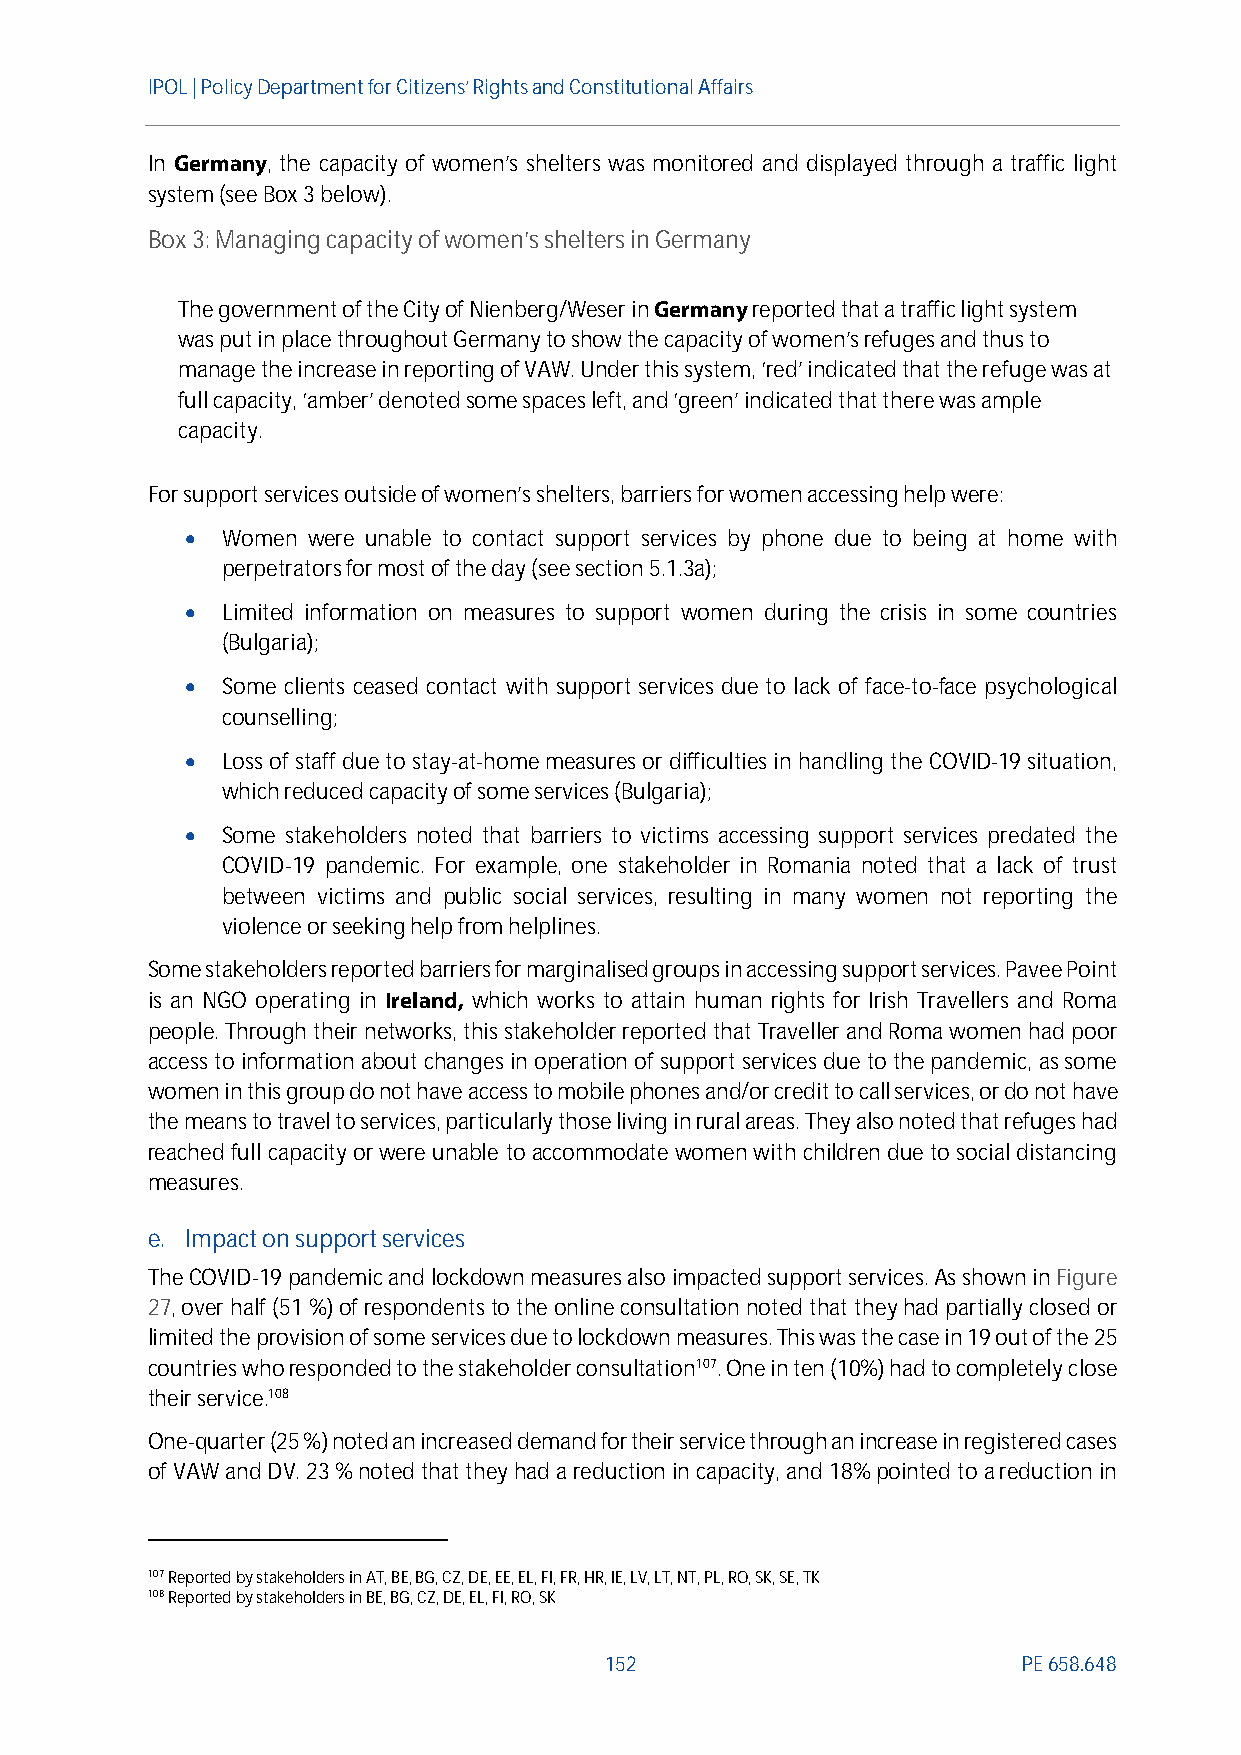
IPOL | Policy Departmentfor Citizens’ Rights and Constitutional Affairs
 In Germany, the capacity of women’s shelters was monitored and displayed through a traffic light
 system (see Box 3 below).
 Box3: Managing capacity of women’s shelters in Germany
 The government of the City of Nienberg/Weser inGermanyreported that a traffic light system
 was put in place throughout Germany to show the capacity of women's refuges and thus to
 manage the increase in reporting of VAW. Under this system, ‘red’ indicated that the refuge was at
 full capacity, ‘amber’ denotedsome spaces left, and ‘green’ indicated that there was ample
 capacity.
 For support services outsideof women’s shelters, barriers for womenaccessing help were:
   Women were unable to contact support services by phone due to being at home with
 perpetratorsfor most of the day (see section 5.1.3a);
   Limited information on measures to support women during the crisis in some countries
 (Bulgaria);
   Some clients ceased contact with support services due to lack of face-to-face psychological
 counselling;
   Loss of staff due to stay-at-home measures or difficulties in handling the COVID-19 situation,
 which reduced capacity of some services (Bulgaria);
   Some stakeholders noted that barriers to victims accessing support services predated the
 COVID-19 pandemic. For example, one stakeholder in Romania noted that a lack of trust
 between victims and public social services, resulting in many women not reporting the
 violence or seeking help from helplines.
 Some stakeholders reported barriers for marginalised groups in accessing support services. Pavee Point
 is an NGO operating in Ireland, which works to attain human rights for Irish Travellers and Roma
 people. Through their networks, this stakeholder reported that Traveller and Roma women had poor
 access to information about changes in operation of support services due to the pandemic, assome
 women in this group do not have access to mobile phones and/or credit to call services, or do not have
 the means to travel to services, particularly those living in rural areas. They also noted that refuges had
 reached full capacity or were unable toaccommodate women with children due to social distancing
 measures.
 e. Impact on support services
 TheCOVID-19pandemic and lockdown measures also impacted support services.As shown inFigure
 27, over half (51%)of respondentsto the online consultation noted that theyhad partially closed or
 limited the provision of some services due to lockdown measures.This was the case in 19 out of the 25
 countries whoresponded to the stakeholderconsultation107.One in ten (10%) had to completely close
 their service.108
 One-quarter(25%)noted an increased demandfortheir service through an increase in registered cases
 of VAW andDV. 23% noted that they had a reduction in capacity, and 18%pointed toa reduction in
 107Reported by stakeholders in AT, BE, BG, CZ, DE, EE, EL, FI, FR, HR, IE, LV, LT, NT, PL, RO, SK, SE, TK
 108Reported by stakeholders in BE, BG, CZ, DE, EL, FI, RO, SK
 152                         PE658.648